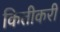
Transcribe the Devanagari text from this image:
कितीकरी